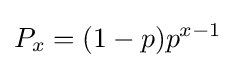
P_{x}=(1-p)p^{x-1}